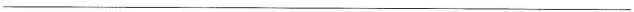
___